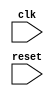
module VX_tex_mgr (
    input wire clk,
    input wire reset
);

    //--

endmodule